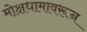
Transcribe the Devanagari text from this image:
मोक्षधामावरून